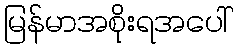
မြန်မာအစိုးရအပေါ်